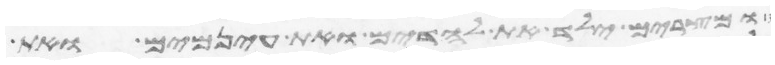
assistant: ומצרים ילד את לדים ואת עינמים ואת